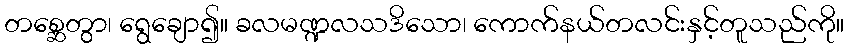
တစ္ဆေတွာ၊ ရွေချော၍။ ခလမဏ္ဍလသဒိသော၊ ကောက်နယ်တလင်းနှင့်တူသည်ကို။